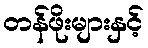
တန်ဖိုးများနှင့်